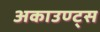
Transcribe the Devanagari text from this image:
अकाउण्ट्स